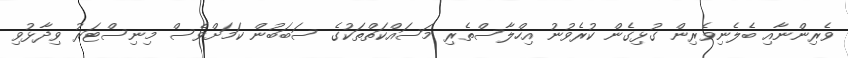
ވެރިންނާއި ބެލެނިވެރިން ގުޅިގެން ކުރެވުނު އިހްލާސްތެރި މަސައްކަތްތަކުގެ ސަބަބުން ކަަމަށްވެސް މިނިސްޓަރު ވިދާޅުވި